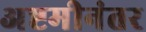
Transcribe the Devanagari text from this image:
अष्टमीनंतर